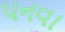
પનવા